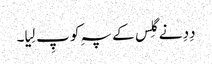
دِدِ نے گِلس کے پہِ کو پِ لِیا۔